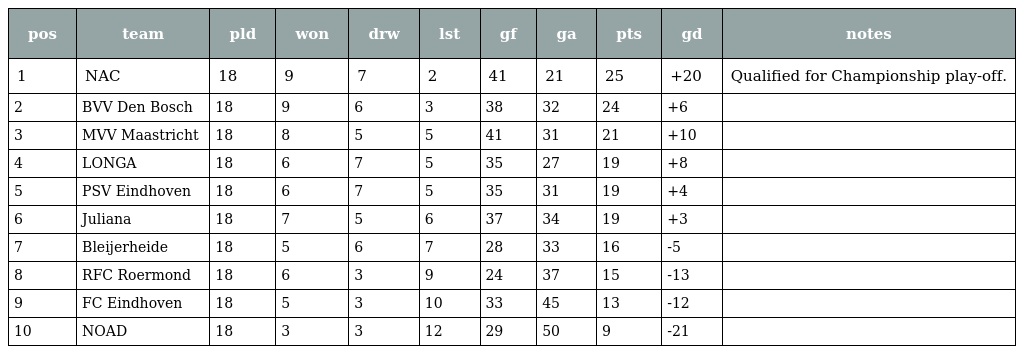
| pos | team | pld | won | drw | lst | gf | ga | pts | gd | notes |
 | --- | --- | --- | --- | --- | --- | --- | --- | --- | --- | --- |
 | 1 | NAC | 18 | 9 | 7 | 2 | 41 | 21 | 25 | +20 | Qualified for Championship play-off. |
 | 2 | BVV Den Bosch | 18 | 9 | 6 | 3 | 38 | 32 | 24 | +6 |  |
 | 3 | MVV Maastricht | 18 | 8 | 5 | 5 | 41 | 31 | 21 | +10 |  |
 | 4 | LONGA | 18 | 6 | 7 | 5 | 35 | 27 | 19 | +8 |  |
 | 5 | PSV Eindhoven | 18 | 6 | 7 | 5 | 35 | 31 | 19 | +4 |  |
 | 6 | Juliana | 18 | 7 | 5 | 6 | 37 | 34 | 19 | +3 |  |
 | 7 | Bleijerheide | 18 | 5 | 6 | 7 | 28 | 33 | 16 | -5 |  |
 | 8 | RFC Roermond | 18 | 6 | 3 | 9 | 24 | 37 | 15 | -13 |  |
 | 9 | FC Eindhoven | 18 | 5 | 3 | 10 | 33 | 45 | 13 | -12 |  |
 | 10 | NOAD | 18 | 3 | 3 | 12 | 29 | 50 | 9 | -21 |  |